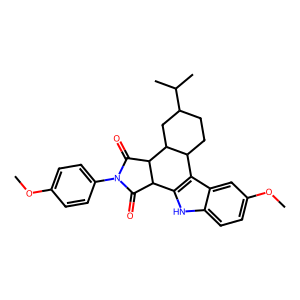
SMILES: COc1ccc(N2C(=O)C3c4[nH]c5ccc(OC)cc5c4C4CCC(C(C)C)CC4C3C2=O)cc1
Inhibits HIV replication: No